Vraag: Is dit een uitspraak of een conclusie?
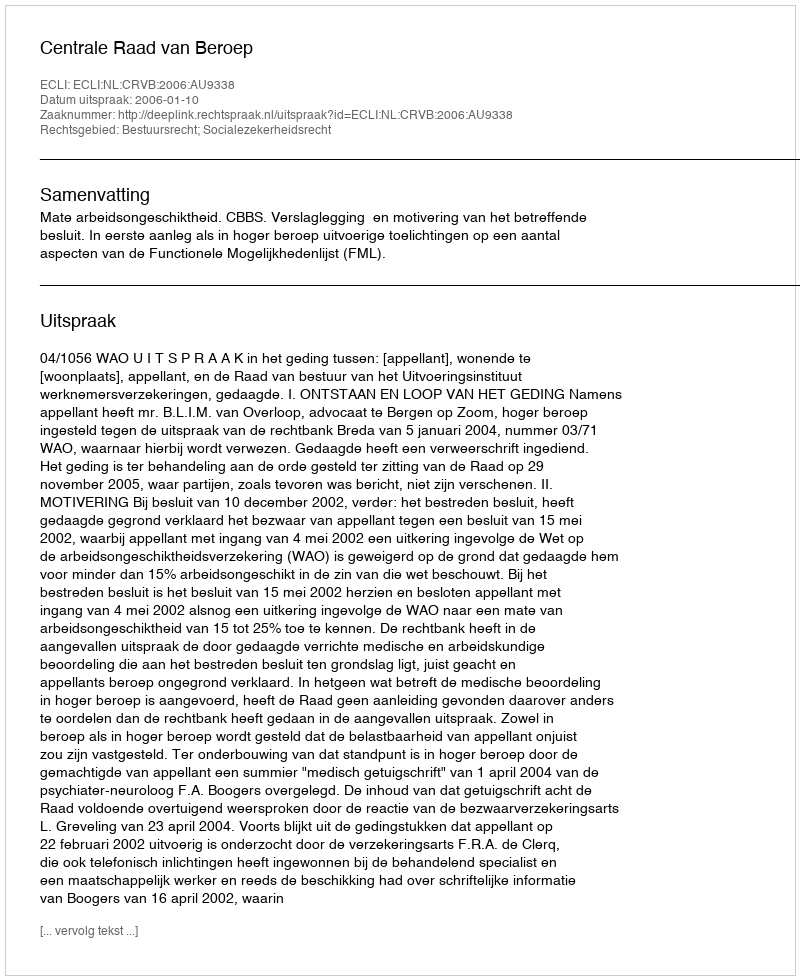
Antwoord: Uitspraak